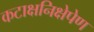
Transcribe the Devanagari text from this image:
कटाक्षनिक्षेपेण